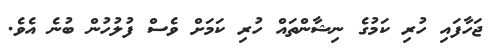
ޖަހާފައި ހުރި ކަމުގެ ނިޝާންތައް ހުރި ކަމަށް ވެސް ފުލުހުން ބުނެ އެވެ.